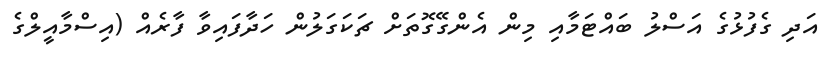
އަދި ގެފުޅުގެ އަސްލު ބައްޓަމާއި މިން އެންގޭގޮތަށް ޗަކަގަލުން ހަދާފައިވާ ފާރެއް (އިސްމާއީލްގެ